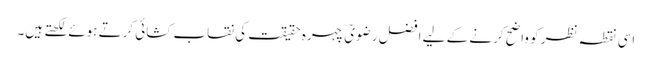
اسی نقطہ نظر کو واضح کرنے کے لیے افضل رضویؔ چہرہ حقیقت کی نقاب کشائی کرتے ہوئے لکھتے ہیں۔